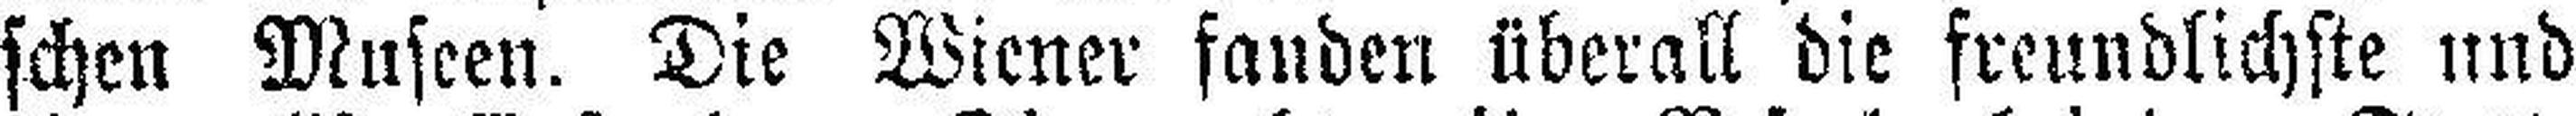
schen Museen. Die Wiener fanden überall die freundlichste und